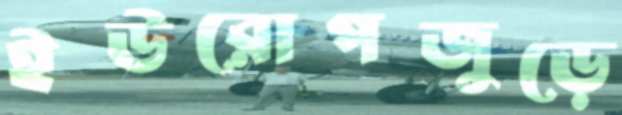
ইউরোপজুড়ে